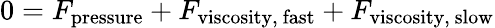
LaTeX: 0=F_{\mathrm{pressure}}+F_{\mathrm{viscosity,~fast}}+F_{\mathrm{viscosity,~slow}}